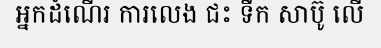
អ្នកដំណើរ ការលេង ជះ ទឹក សាប៊ូ លើ